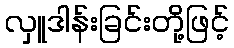
လှူဒါန်းခြင်းတို့ဖြင့်